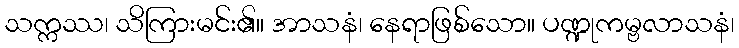
သက္ကဿ၊ သိကြားမင်း၏။ အာသနံ၊ နေရာဖြစ်သော။ ပဏ္ဍုကမ္ဗလာသနံ၊